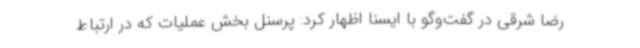
رضا شرقی در گفت‌وگو با ایسنا اظهار کرد: پرسنل بخش عملیات که در ارتباط